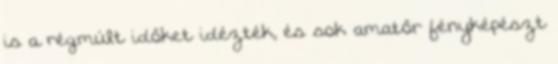
is a régmúlt időket idézték, és sok amatőr fényképészt